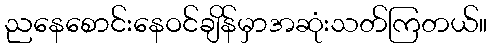
ညနေစောင်းနေဝင်ချိန်မှာအဆုံးသတ်ကြတယ်။